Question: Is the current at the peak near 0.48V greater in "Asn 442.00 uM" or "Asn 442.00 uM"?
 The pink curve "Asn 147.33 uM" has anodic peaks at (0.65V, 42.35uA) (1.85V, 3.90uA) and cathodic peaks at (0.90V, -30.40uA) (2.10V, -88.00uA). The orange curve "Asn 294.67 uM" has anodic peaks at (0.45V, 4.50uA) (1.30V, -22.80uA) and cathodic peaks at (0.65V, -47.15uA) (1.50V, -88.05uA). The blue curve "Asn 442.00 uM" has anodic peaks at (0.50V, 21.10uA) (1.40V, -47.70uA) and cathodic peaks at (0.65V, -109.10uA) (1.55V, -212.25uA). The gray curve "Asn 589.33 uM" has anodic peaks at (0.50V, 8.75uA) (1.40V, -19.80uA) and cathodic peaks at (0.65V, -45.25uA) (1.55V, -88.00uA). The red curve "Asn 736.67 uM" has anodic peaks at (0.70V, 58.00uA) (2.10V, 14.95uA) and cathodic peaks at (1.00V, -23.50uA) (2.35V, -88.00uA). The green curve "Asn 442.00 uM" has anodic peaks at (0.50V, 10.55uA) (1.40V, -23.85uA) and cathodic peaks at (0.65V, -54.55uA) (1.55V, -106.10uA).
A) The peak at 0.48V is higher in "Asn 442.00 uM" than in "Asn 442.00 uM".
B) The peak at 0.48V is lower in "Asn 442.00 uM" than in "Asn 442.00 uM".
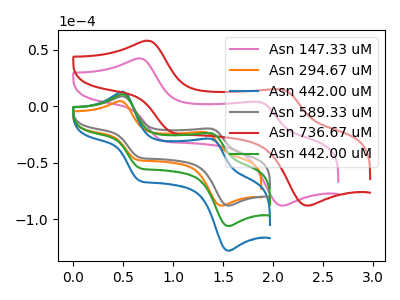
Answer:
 <answer>A) The peak at 0.48V is higher in "Asn 442.00 uM" than in "Asn 442.00 uM".</answer>
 <eval>A</eval>